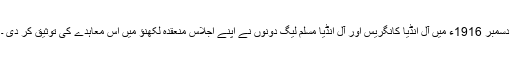
دسمبر 1916ء میں آل انڈیا کانگریس اور آل انڈیا مسلم لیگ دونوں نے اپنے اجلاس منعقدہ لکھنؤ میں اس معاہدے کی توثیق کر دی ۔